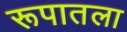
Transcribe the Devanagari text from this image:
रूपातला